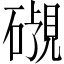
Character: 𬒜